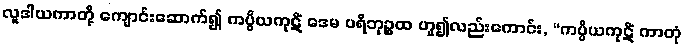
လူဒါယကာတို့ ကျောင်းဆောက်၍ ကပ္ပိယကုဋိံ ဒေမ ပရိဘုဉ္ဇထ ဟူ၍လည်းကောင်း, “ကပ္ပိယကုဋိံ ကာတုံ